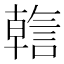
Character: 𬢺